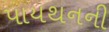
પાયથનની